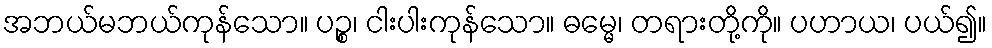
အဘယ်မဘယ်ကုန်သော။ ပဉ္စ၊ ငါးပါးကုန်သော။ ဓမ္မေ၊ တရားတို့ကို။ ပဟာယ၊ ပယ်၍။